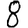
Digit: 8